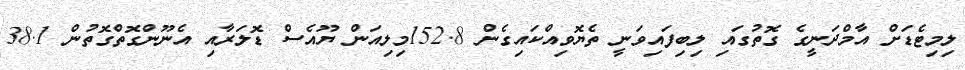
ލިމިޓެޑަށް އާމްދަނީގެ ގޮތުގައި ލިބިފައިވަނީ ތެޔޮވިއްކައިގެން 152.8މިލިއަން ޔޫއެސް ޑޮލަރާއި އެނޫންގޮތްގޮތުން 38.1